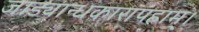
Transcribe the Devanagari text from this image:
जाड्यान्धकारापहाम्‌।